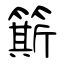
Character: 簛